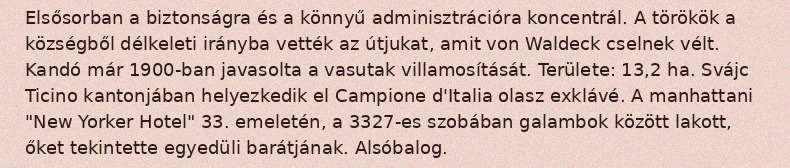
Elsősorban a biztonságra és a könnyű adminisztrációra koncentrál. A törökök a községből délkeleti irányba vették az útjukat, amit von Waldeck cselnek vélt. Kandó már 1900-ban javasolta a vasutak villamosítását. Területe: 13,2 ha. Svájc Ticino kantonjában helyezkedik el Campione d'Italia olasz exklávé. A manhattani "New Yorker Hotel" 33. emeletén, a 3327-es szobában galambok között lakott, őket tekintette egyedüli barátjának. Alsóbalog.